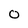
Character: O